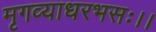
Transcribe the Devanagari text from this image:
मृगव्याधरभसः।।